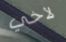
لأخي